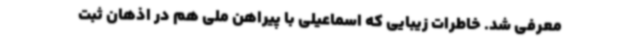
معرفی شد. خاطرات زیبایی که اسماعیلی با پیراهن ملی هم در اذهان ثبت